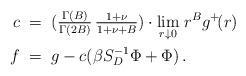
LaTeX: \begin{align*} c\;&=\;(\textstyle{\frac{\Gamma(B)}{\Gamma(2B)}\,\frac{1+\nu}{1+\nu+B}})\cdot\displaystyle{\lim_{r\downarrow 0}} \;r^B g^+\!(r) \\ f\;&=\;g-c(\beta S_D^{-1}\Phi+\Phi)\,. \end{align*}